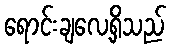
ရောင်းချလေ့ရှိသည်